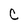
Character: C